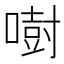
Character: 𠾢